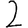
Digit: 2